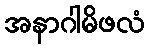
အနာဂါမိဖလံ